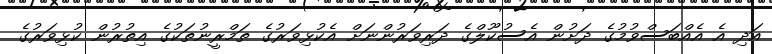
އަދި އެ އެއްބަސްވުމުގެ ދަށުން އެސުކޫލްގެ ދަރިވަރުންނަށް އެކުޅިވަރުގެ ތަމްރީނުތަކުގެ އިތުރުން ކުޅިވަރުގެ